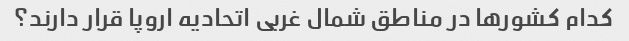
کدام کشورها در مناطق شمال غربی اتحادیه اروپا قرار دارند؟